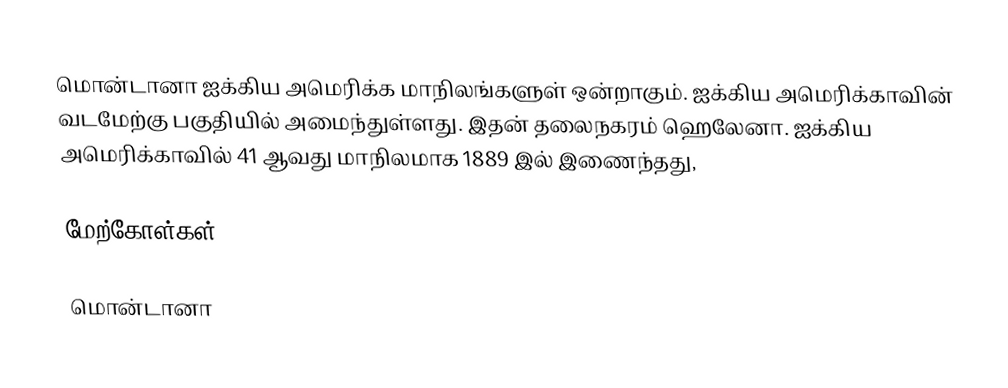
மொன்டானா ஐக்கிய அமெரிக்க மாநிலங்களுள் ஒன்றாகும். ஐக்கிய அமெரிக்காவின் வடமேற்கு பகுதியில் அமைந்துள்ளது. இதன் தலைநகரம் ஹெலேனா. ஐக்கிய அமெரிக்காவில் 41 ஆவது மாநிலமாக 1889 இல் இணைந்தது,

மேற்கோள்கள்

மொன்டானா